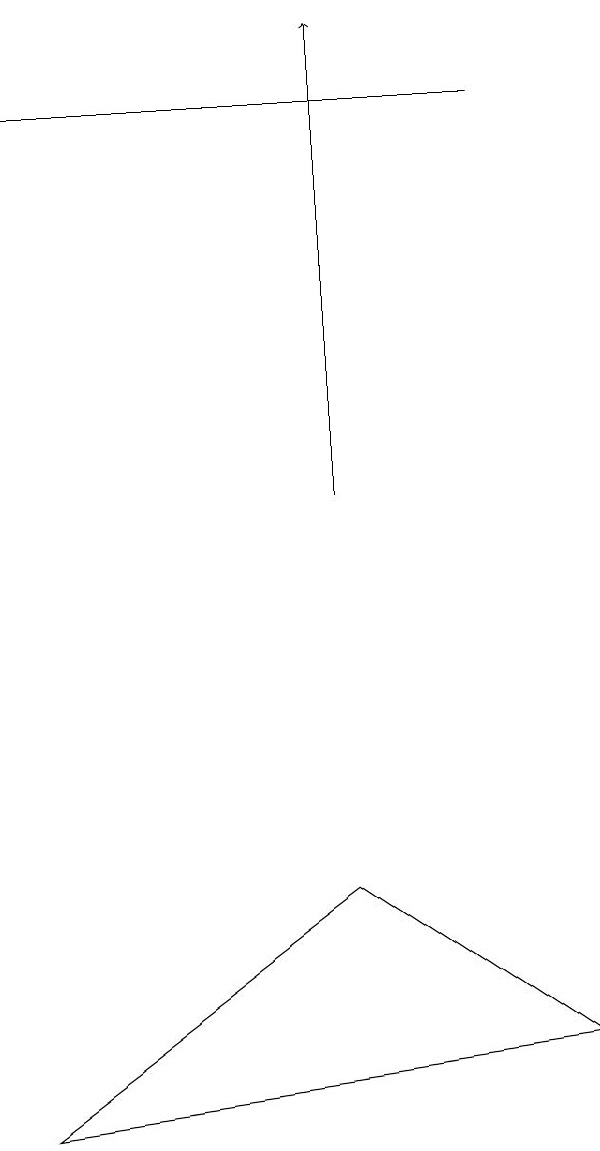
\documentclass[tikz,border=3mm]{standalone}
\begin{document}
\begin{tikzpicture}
\draw (6,15) rectangle (0,15);
\draw (4,5) -- (7,3) -- (0,2) -- cycle;
\draw[->] (4,10) -- (4,16);
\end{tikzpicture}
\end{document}